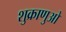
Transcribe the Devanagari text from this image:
शुक्राणुओ